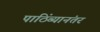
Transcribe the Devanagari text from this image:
पाठिंब्यानंतर